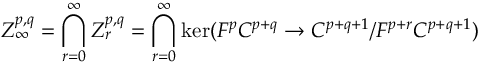
Z _ { \infty } ^ { p , q } = \bigcap _ { r = 0 } ^ { \infty } Z _ { r } ^ { p , q } = \bigcap _ { r = 0 } ^ { \infty } \ker ( F ^ { p } C ^ { p + q } \rightarrow C ^ { p + q + 1 } / F ^ { p + r } C ^ { p + q + 1 } )